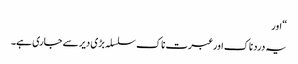
“ اور
یہ درد ناک اور عبرت ناک سلسلہ بڑی دیر سے جاری ہے۔